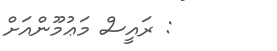
: ރައީސް މަޢުމޫންއަށް